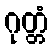
ဂုတ္တံ